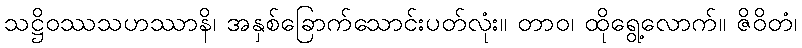
သဋ္ဌိဝဿသဟဿာနိ၊ အနှစ်ခြောက်သောင်းပတ်လုံး။ တာဝ၊ ထိုရွေ့လောက်။ ဇိဝိတံ၊